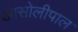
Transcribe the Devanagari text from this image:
आसोलीपाल